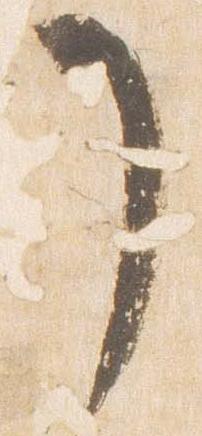
了